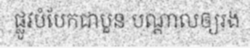
ផ្លូវបំបែកជាបួន បណ្តាលឲ្យរង